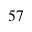
^ { 5 7 }